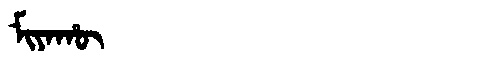
Manchu: ᠮᡳᠶᠠᡥᡡ
Romanization: MIYAHŪ